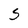
Character: S